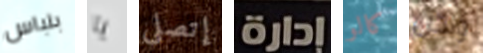
بلباس يا إتصلي إدارة كالو ولكن